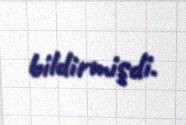
bildirmişdi.